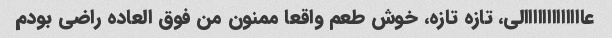
عااااااااااااالى، تازه تازه، خوش طعم واقعا ممنون من فوق العاده راضى بودم